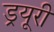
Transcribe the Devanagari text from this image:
ड्रयूरी